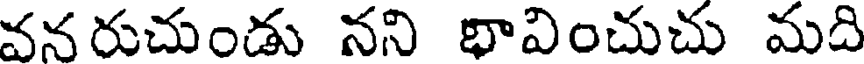
వన రుచుండు నని భావించుచు మది